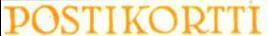
POSTIKORTTI